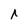
Character: i